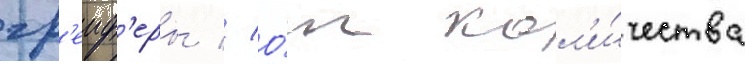
гр'еиф'еры // О́т кол'и́чества